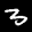
Label: 3